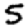
Digit: 5